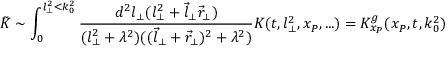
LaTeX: \tilde { K } \sim \int _ { 0 } ^ { l _ { \perp } ^ { 2 } < k _ { 0 } ^ { 2 } } \frac { d ^ { 2 } l _ { \perp } ( l _ { \perp } ^ { 2 } + \vec { l } _ { \perp } \vec { r } _ { \perp } ) } { ( l _ { \perp } ^ { 2 } + \lambda ^ { 2 } ) ( ( \vec { l } _ { \perp } + \vec { r } _ { \perp } ) ^ { 2 } + \lambda ^ { 2 } ) } K ( t , l _ { \perp } ^ { 2 } , x _ { P } , . . . ) = { \cal K } _ { x _ { P } } ^ { g } ( x _ { P } , t , k _ { 0 } ^ { 2 } )